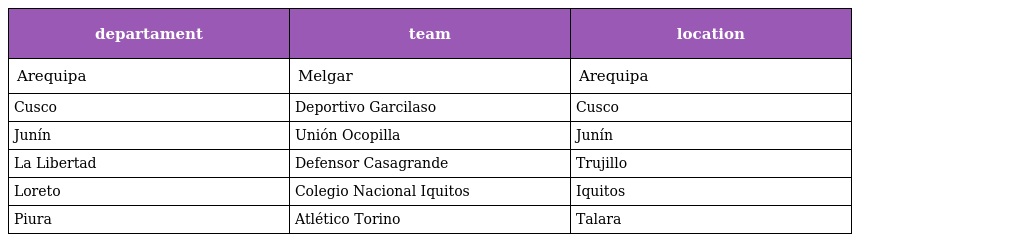
| departament | team | location |
 | --- | --- | --- |
 | Arequipa | Melgar | Arequipa |
 | Cusco | Deportivo Garcilaso | Cusco |
 | Junín | Unión Ocopilla | Junín |
 | La Libertad | Defensor Casagrande | Trujillo |
 | Loreto | Colegio Nacional Iquitos | Iquitos |
 | Piura | Atlético Torino | Talara |